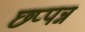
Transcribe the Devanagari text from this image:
छप्पन्न